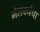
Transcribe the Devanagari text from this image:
मेलबर्नचा